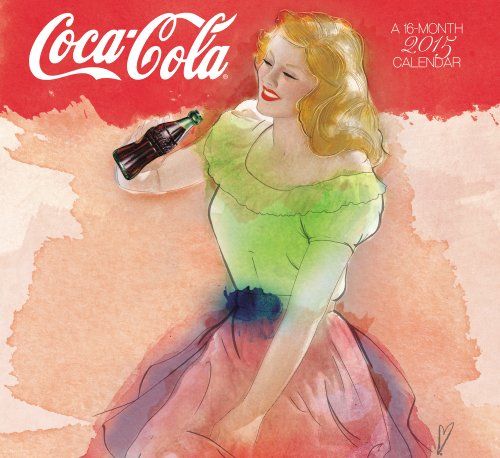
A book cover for Coca-Cola Wall Calendar (2015); Day Dream; Crafts, Hobbies & Home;